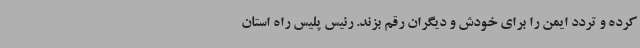
کرده و تردد ایمن را برای خودش و دیگران رقم بزند. رئیس پلیس راه استان